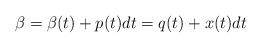
LaTeX: \begin{align*}\mathbb{\beta} = \beta (t) + p(t) dt= q(t) + x(t) dt\end{align*}